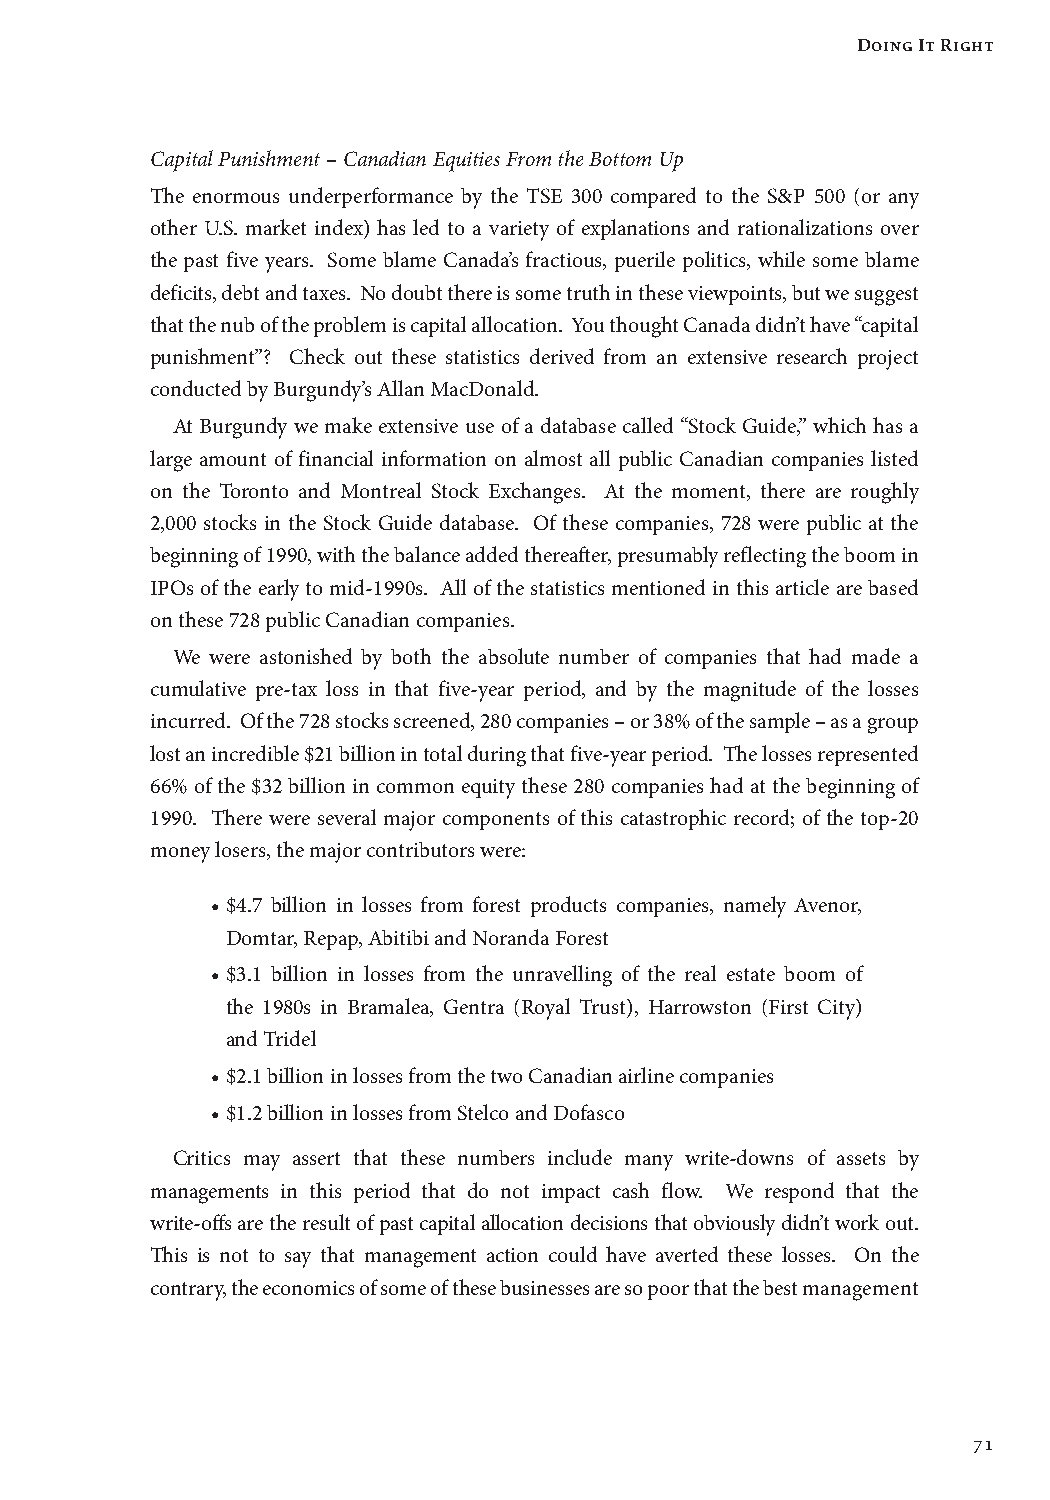
Doing It Right
 Capital Punishment – Canadian Equities From the Bottom Up
 The enormous underperformance by the TSE 300 compared to the S&P 500 (or any
 other U.S. market index) has led to a variety of explanations and rationalizations over
 the past five years. Some blame Canada’s fractious, puerile politics, while some blame
 deficits, debt and taxes. No doubt there is some truth in these viewpoints, but we suggest
 that the nub of the problem is capital allocation. You thought Canada didn’t have “capital
 punishment”? Check out these statistics derived from an extensive research project
 conducted by Burgundy’s Allan MacDonald.
 At Burgundy we make extensive use of a database called “Stock Guide,” which has a
 large amount of financial information on almost all public Canadian companies listed
 on the Toronto and Montreal Stock Exchanges. At the moment, there are roughly
 2,000 stocks in the Stock Guide database. Of these companies, 728 were public at the
 beginning of 1990, with the balance added thereafter, presumably reflecting the boom in
 IPOs of the early to mid-1990s. All of the statistics mentioned in this article are based
 on these 728 public Canadian companies.
 We were astonished by both the absolute number of companies that had made a
 cumulative pre-tax loss in that five-year period, and by the magnitude of the losses
 incurred. Of the 728 stocks screened, 280 companies – or 38% of the sample – as a group
 lost an incredible $21 billion in total during that five-year period. The losses represented
 66% of the $32 billion in common equity these 280 companies had at the beginning of
 1990. There were several major components of this catastrophic record; of the top-20
 money losers, the major contributors were:
 • $4.7 billion in losses from forest products companies, namely Avenor,
 Domtar, Repap, Abitibi and Noranda Forest
 • $3.1 billion in losses from the unravelling of the real estate boom of
 the 1980s in Bramalea, Gentra (Royal Trust), Harrowston (First City)
 and Tridel
 • $2.1 billion in losses from the two Canadian airline companies
 • $1.2 billion in losses from Stelco and Dofasco
 Critics may assert that these numbers include many write-downs of assets by
 managements in this period that do not impact cash flow. We respond that the
 write-offs are the result of past capital allocation decisions that obviously didn’t work out.
 This is not to say that management action could have averted these losses. On the
 contrary, the economics of some of these businesses are so poor that the best management
 71